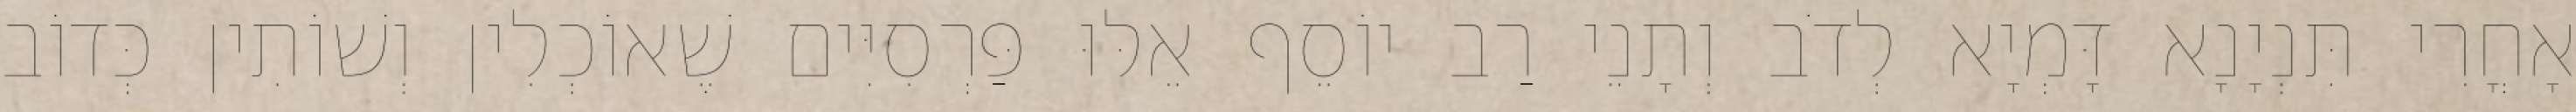
אָחֳרִי תִּנְיָנָא דָּמְיָא לְדֹב וְתָנֵי רַב יוֹסֵף אֵלּוּ פַּרְסִיִּים שֶׁאוֹכְלִין וְשׁוֹתִין כְּדוֹב